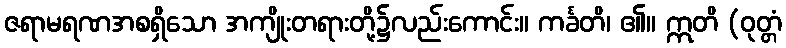
ဇရာမရဏအစရှိသော အကျိုးတရားတို့၌လည်းကောင်း။ ကင်္ခတိ၊ ၏။ ဣတိ (ဝုတ္တံ